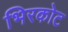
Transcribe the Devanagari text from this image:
भिरकोट